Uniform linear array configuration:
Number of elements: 48
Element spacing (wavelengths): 0.75
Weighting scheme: binomial
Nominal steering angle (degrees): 45
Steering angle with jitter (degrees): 45.751
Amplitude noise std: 0.05
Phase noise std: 0.05

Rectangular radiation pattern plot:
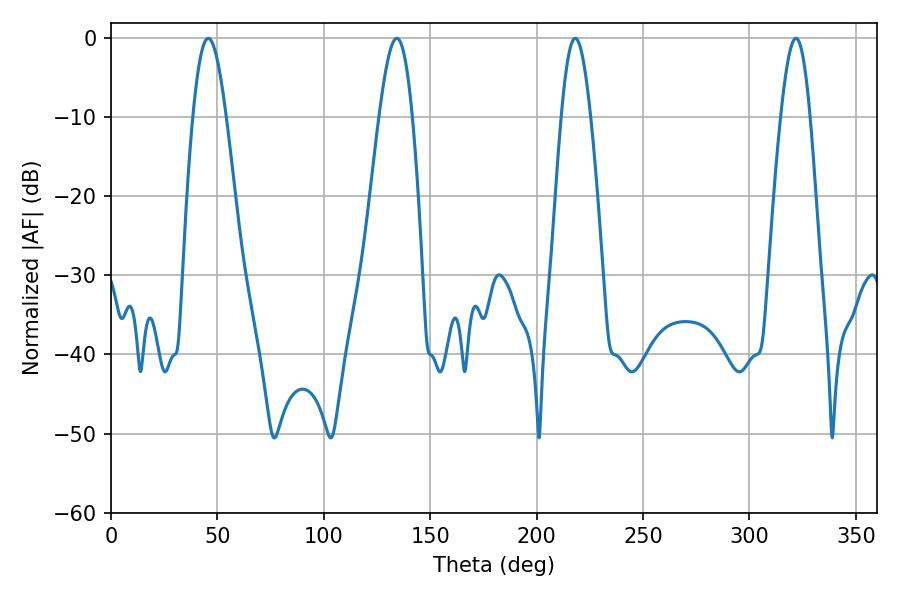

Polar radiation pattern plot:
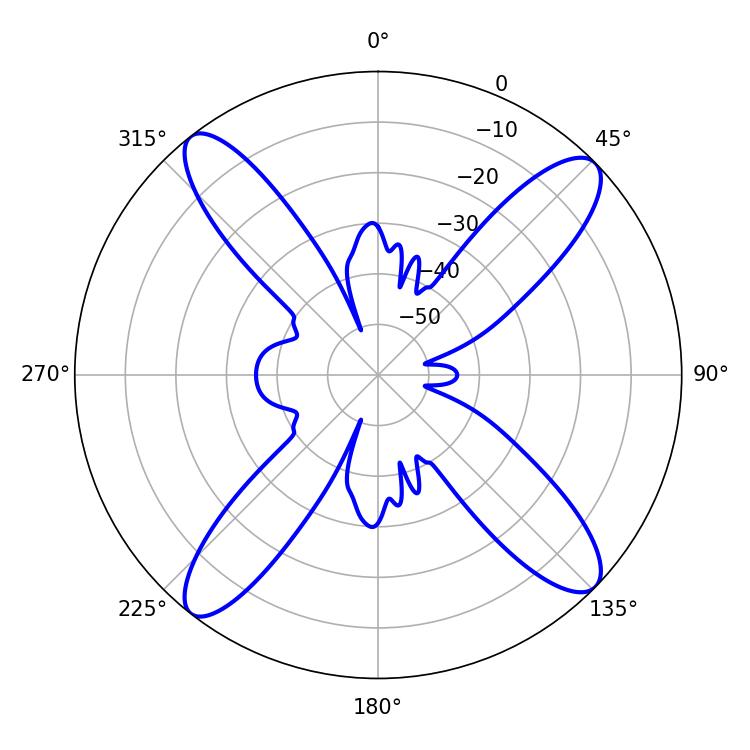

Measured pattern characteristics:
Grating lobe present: TRUE
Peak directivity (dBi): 15.612
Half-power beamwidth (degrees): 8.28
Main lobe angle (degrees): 45.72